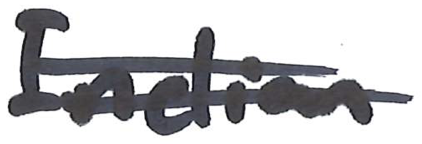
Text: Indian
Cross-out: double-line
Writing tool: marker